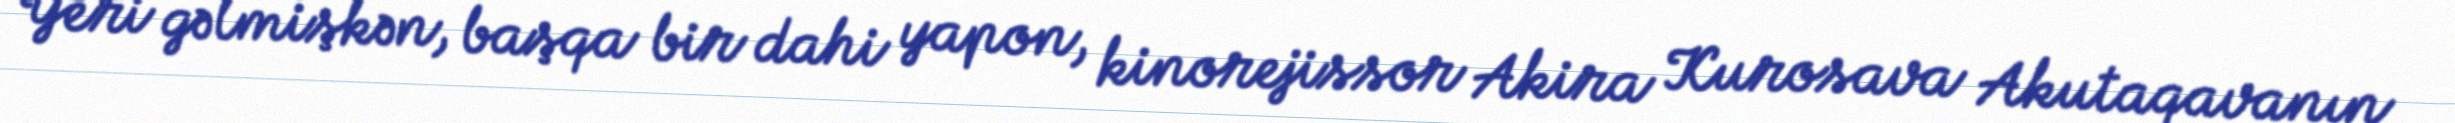
Yeri gəlmişkən, başqa bir dahi yapon, kinorejissor Akira Kurosava Akutaqavanın